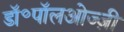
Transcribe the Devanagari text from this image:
डॉ॰पॉलओज्ज़ी